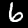
Digit: 6